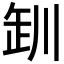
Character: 𪩢